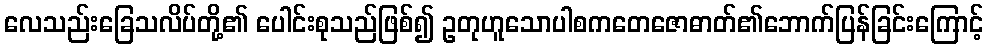
လေသည်းခြေသလိပ်တို့၏ ပေါင်းစုသည်ဖြစ်၍ ဥတုဟူသောပါစကတေဇောဓာတ်၏ဘောက်ပြန်ခြင်းကြောင့်